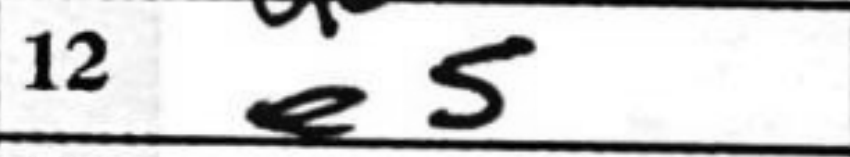
Transcription: e5